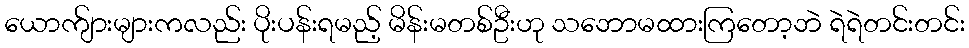
ယောက်ျားများကလည်း ပိုးပန်းရမည့် မိန်းမတစ်ဦးဟု သဘောမထားကြတော့ဘဲ ရဲရဲတင်းတင်း